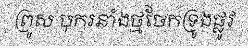
ព្រូស បុករនាំងថ្មចែកទ្រូងផ្លូវ